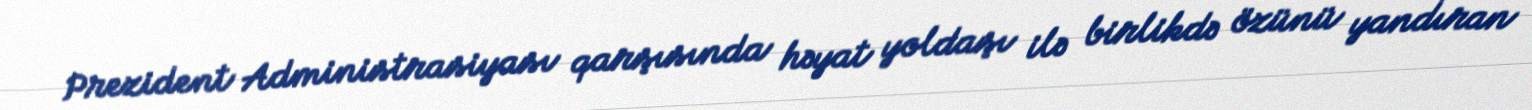
Prezident Administrasiyası qarşısında həyat yoldaşı ilə birlikdə özünü yandıran